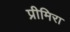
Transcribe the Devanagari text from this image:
प्रीमिरा